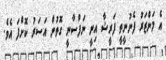
އެ މަންޒަރު ފެނުނީތީ ފަރީޝާ އިނީ ނަފްސާނީ ގޮތުން އަސަރު ކޮށްފަ އެވެ.